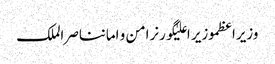
وزیراعظموزیر اعلیٰگورنرامن و امانناصر الملک